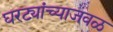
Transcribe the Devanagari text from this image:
घरट्यांच्याजवळ